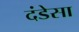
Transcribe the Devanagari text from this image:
दंडेसा